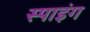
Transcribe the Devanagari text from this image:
स्पाइंग